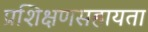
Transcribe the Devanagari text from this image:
प्रशिक्षणसहायता